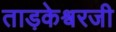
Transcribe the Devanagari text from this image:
ताड़केश्वरजी